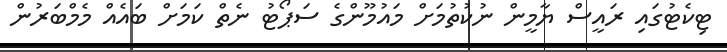
ޓިކެޓުގައި ރައީސް ޔާމީން ނުކުތުމަށް މައުމޫންގެ ސަޕޯޓު ނެތް ކަމަށް ބައެއް މެމްބަރުން